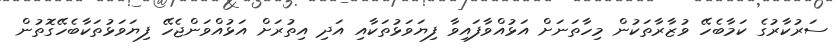
ސަރުކާރުގެ ކަމާބެހޭ ވުޒާރާތަކުން މިހާތަނަށް އަޅުއްވާފައިވާ ފިޔަވަޅުތަކާއި އަދި އިތުރަށް އަޅުއްވަންޖެހޭ ފިޔަވަޅުތަކާބެހޭގޮތުން